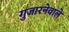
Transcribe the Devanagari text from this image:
गुजारनेवाले